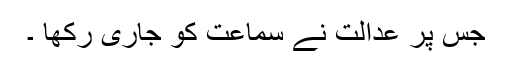
جس پر عدالت نے سماعت کو جاری رکھا ۔